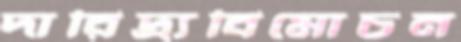
দারিদ্র্যবিমোচন